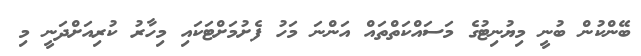
ބޭންކުން ބުނީ މިޔުނިޓުގެ މަސައްކަތްތައް އަންނަ މަހު ފެށުމަށްޓަކައި މިހާރު ކުރިއަށްދަނީ މި